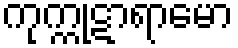
ကုက္ကုဋာရာမော